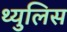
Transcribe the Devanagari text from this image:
थ्युलिस